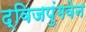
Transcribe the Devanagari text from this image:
द्विजपुंगवेन